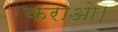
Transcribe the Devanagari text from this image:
कराओ।